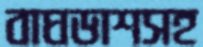
বাঘডাশসহ